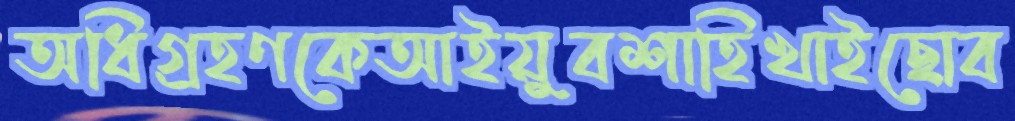
অধিগ্রহণকেআইয়ুবশাহিখাইছোব